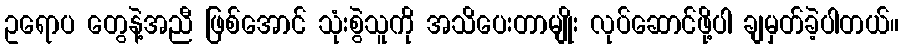
ဥရောပ တွေနဲ့အညီ ဖြစ်အောင် သုံးစွဲသူကို အသိပေးတာမျိုး လုပ်ဆောင်ဖို့ပါ ချမှတ်ခဲ့ပါတယ်။